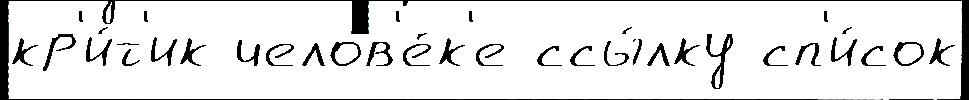
кр'и́т'ик челов'е́к'е ссы́лку сп'и́сок